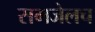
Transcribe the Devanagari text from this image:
समजेलच